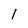
Character: 1